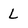
Character: L